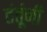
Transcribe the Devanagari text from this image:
तंतूंनी